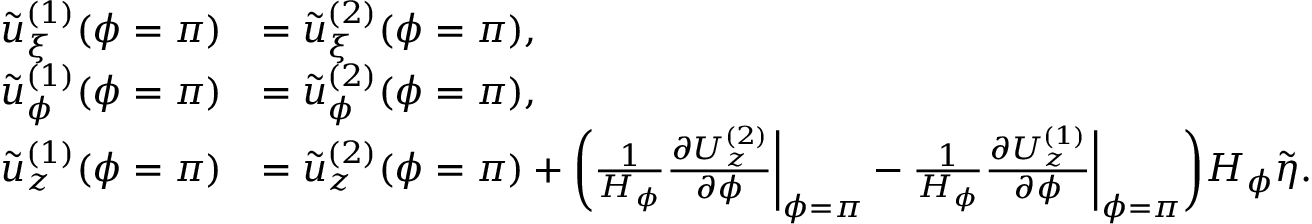
\begin{array} { r l } { \tilde { u } _ { \xi } ^ { ( 1 ) } ( \phi = \pi ) } & { = \tilde { u } _ { \xi } ^ { ( 2 ) } ( \phi = \pi ) , } \\ { \tilde { u } _ { \phi } ^ { ( 1 ) } ( \phi = \pi ) } & { = \tilde { u } _ { \phi } ^ { ( 2 ) } ( \phi = \pi ) , } \\ { \tilde { u } _ { z } ^ { ( 1 ) } ( \phi = \pi ) } & { = \tilde { u } _ { z } ^ { ( 2 ) } ( \phi = \pi ) + \bigg ( \frac { 1 } { H _ { \phi } } \frac { \partial U _ { z } ^ { ( 2 ) } } { \partial \phi } \biggr | _ { \phi = \pi } - \frac { 1 } { H _ { \phi } } \frac { \partial U _ { z } ^ { ( 1 ) } } { \partial \phi } \biggr | _ { \phi = \pi } \bigg ) H _ { \phi } \tilde { \eta } . } \end{array}